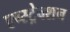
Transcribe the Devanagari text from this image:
एब्स्ट्रेक्शन